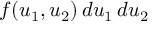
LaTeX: f ( u _ { 1 } , u _ { 2 } ) \, d u _ { 1 } \, d u _ { 2 }